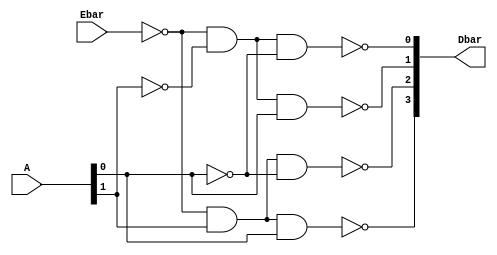
`timescale 1ns / 1ps
//////////////////////////////////////////////////////////////////////////////////
// Company: 
// Engineer: 
// 
// Design Name: 
// Module Name: always_star
// Project Name: 
// Target Devices: 
// Tool Versions: 
// Description: 
// 
// Dependencies: 
// 
// Revision:
// Revision 0.01 - File Created
// Additional Comments:
// 
//////////////////////////////////////////////////////////////////////////////////


module always_star(
    input Ebar,
    input [1:0] A,
    output reg [3:0] Dbar
    );
    
    always @(*)
        begin
        Dbar[0] = ~(~Ebar & ~A[1] & ~A[0]);	// c-like syntax
        Dbar[1] = ~(~Ebar & ~A[1] &  A[0]);	// note binary progression pattern with address bits
        Dbar[2] = ~(~Ebar &  A[1] & ~A[0]);
        Dbar[3] = ~(~Ebar &  A[1] &  A[0]);
        end
endmodule